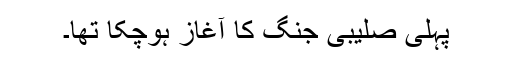
پہلی صلیبی جنگ کا آغاز ہوچکا تھا۔